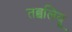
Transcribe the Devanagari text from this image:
तब्बलियू